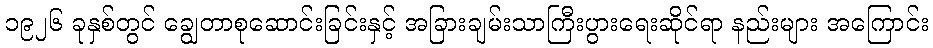
၁၉၂၆ ခုနှစ်တွင် ချွေတာစုဆောင်းခြင်းနှင့် အခြားချမ်းသာကြီးပွားရေးဆိုင်ရာ နည်းများ အကြောင်း